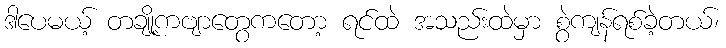
ဒါပေမယ့် တချို့ကဗျာတွေကတော့ ရင်ထဲ အသည်းထဲမှာ စွဲကျန်ရစ်ခဲ့တယ်၊